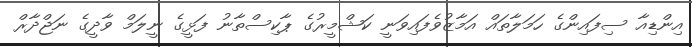
އިންޑިއާ ސިފައިންގެ ހަމަލާތައް އަމާޒުވެފައިވަނީ ކަޝްމީރުގެ ޕާކިސްތާނު ފަޅީގެ ނީލަމް ވާދީގެ ނަޖްދާރް